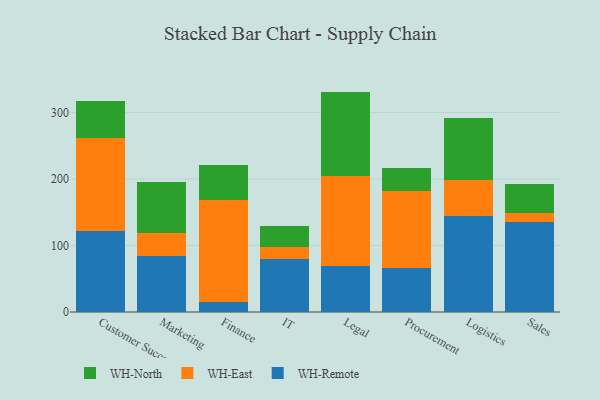
{"axis": {"x": "Department", "y": "Operating Costs (USD K)"}, "legend": ["WH-East", "WH-North", "WH-Remote"], "data": [{"x": "Customer Success", "y": 122.1, "type": "WH-Remote"}, {"x": "Customer Success", "y": 139.7, "type": "WH-East"}, {"x": "Customer Success", "y": 55.8, "type": "WH-North"}, {"x": "Marketing", "y": 84.3, "type": "WH-Remote"}, {"x": "Marketing", "y": 34.4, "type": "WH-East"}, {"x": "Marketing", "y": 76.5, "type": "WH-North"}, {"x": "Finance", "y": 15.1, "type": "WH-Remote"}, {"x": "Finance", "y": 154.0, "type": "WH-East"}, {"x": "Finance", "y": 51.7, "type": "WH-North"}, {"x": "IT", "y": 80.3, "type": "WH-Remote"}, {"x": "IT", "y": 17.0, "type": "WH-East"}, {"x": "IT", "y": 31.5, "type": "WH-North"}, {"x": "Legal", "y": 69.7, "type": "WH-Remote"}, {"x": "Legal", "y": 135.4, "type": "WH-East"}, {"x": "Legal", "y": 126.3, "type": "WH-North"}, {"x": "Procurement", "y": 66.5, "type": "WH-Remote"}, {"x": "Procurement", "y": 115.5, "type": "WH-East"}, {"x": "Procurement", "y": 33.8, "type": "WH-North"}, {"x": "Logistics", "y": 144.9, "type": "WH-Remote"}, {"x": "Logistics", "y": 54.3, "type": "WH-East"}, {"x": "Logistics", "y": 92.9, "type": "WH-North"}, {"x": "Sales", "y": 135.9, "type": "WH-Remote"}, {"x": "Sales", "y": 13.0, "type": "WH-East"}, {"x": "Sales", "y": 44.0, "type": "WH-North"}]}